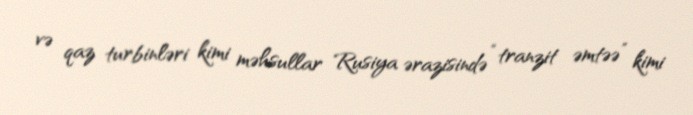
və qaz turbinləri kimi məhsullar Rusiya ərazisində “tranzit əmtəə” kimi